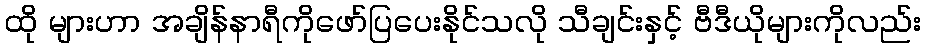
ထို များဟာ အချိန်နာရီကိုဖော်ပြပေးနိုင်သလို သီချင်းနှင့် ဗီဒီယိုများကိုလည်း